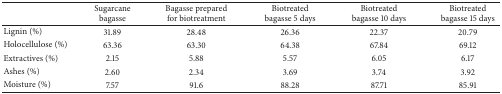
<table><thead><tr><td><b> </b></td><td><b>Sugarcane bagasse </b></td><td><b>Bagasse prepared for biotreatment</b></td><td><b>Biotreated bagasse 5 days</b></td><td><b>Biotreated bagasse 10 days</b></td><td><b>Biotreated bagasse 15 days</b></td></tr></thead><tbody><tr><td>Lignin (%)</td><td>31.89</td><td>28.48</td><td>26.36</td><td>22.37</td><td>20.79</td></tr><tr><td>Holocellulose (%)</td><td>63.36</td><td>63.30</td><td>64.38</td><td>67.84</td><td>69.12</td></tr><tr><td>Extractives (%)</td><td>2.15</td><td>5.88</td><td>5.57</td><td>6.05</td><td>6.17</td></tr><tr><td>Ashes (%)</td><td>2.60</td><td>2.34</td><td>3.69</td><td>3.74</td><td>3.92</td></tr><tr><td>Moisture (%)</td><td>7.57</td><td>91.6</td><td>88.28</td><td>87.71</td><td>85.91</td></tr></tbody></table>